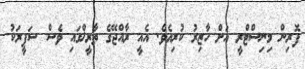
ފޮރިން މިނިސްޓްރީ އަށް ހާޒިރު ކުރިއެވެ. އެއީ ރާއްޖޭގެ ތާރީޚްގައި ވެސް ސަފީރަކު